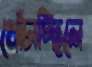
খোঁচাচ্ছিলে